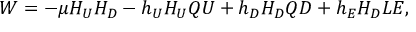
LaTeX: W = - \mu H _ { U } H _ { D } - h _ { U } H _ { U } Q U + h _ { D } H _ { D } Q D + h _ { E } H _ { D } L E ,